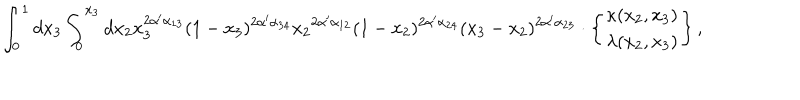
LaTeX: \int _ { 0 } ^ { 1 } d x _ { 3 } \int _ { 0 } ^ { x _ { 3 } } d x _ { 2 } x _ { 3 } ^ { 2 \alpha ^ { \prime } \alpha _ { 1 3 } } ( 1 - x _ { 3 } ) ^ { 2 \alpha ^ { \prime } \alpha _ { 3 4 } } { x _ { 2 } } ^ { 2 \alpha ^ { \prime } \alpha _ { 1 2 } } ( 1 - x _ { 2 } ) ^ { 2 \alpha ^ { \prime } \alpha _ { 2 4 } } ( x _ { 3 } - x _ { 2 } ) ^ { 2 \alpha ^ { \prime } \alpha _ { 2 3 } } \cdot \left\{ { \kappa ( x _ { 2 } , x _ { 3 } ) \atop \lambda ( x _ { 2 } , x _ { 3 } ) } \right\} ,